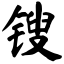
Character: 锼